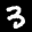
Label: 3